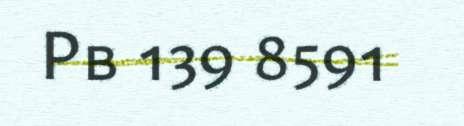
Pb 139 8591